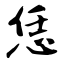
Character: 恁